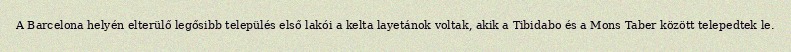
A Barcelona helyén elterülő legősibb település első lakói a kelta layetánok voltak, akik a Tibidabo és a Mons Taber között telepedtek le.